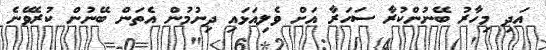
އަދި މިހާރު ބޭނުންކުރާ ސަހަރާ އަށް ވެލިއަޅައި ދިނުމުން އެތަން ބޭނުން ކުރެވޭނެ